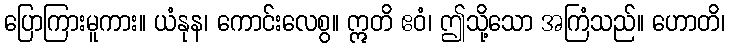
ပြောကြားမူကား။ ယံနုန၊ ကောင်းလေစွ။ ဣတိ ဧဝံ၊ ဤသို့သော အကြံသည်။ ဟောတိ၊